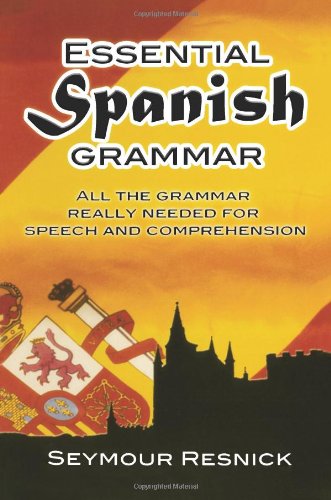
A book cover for Essential Spanish Grammar (Dover Language Guides Essential Grammar); Seymour Resnick; Travel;